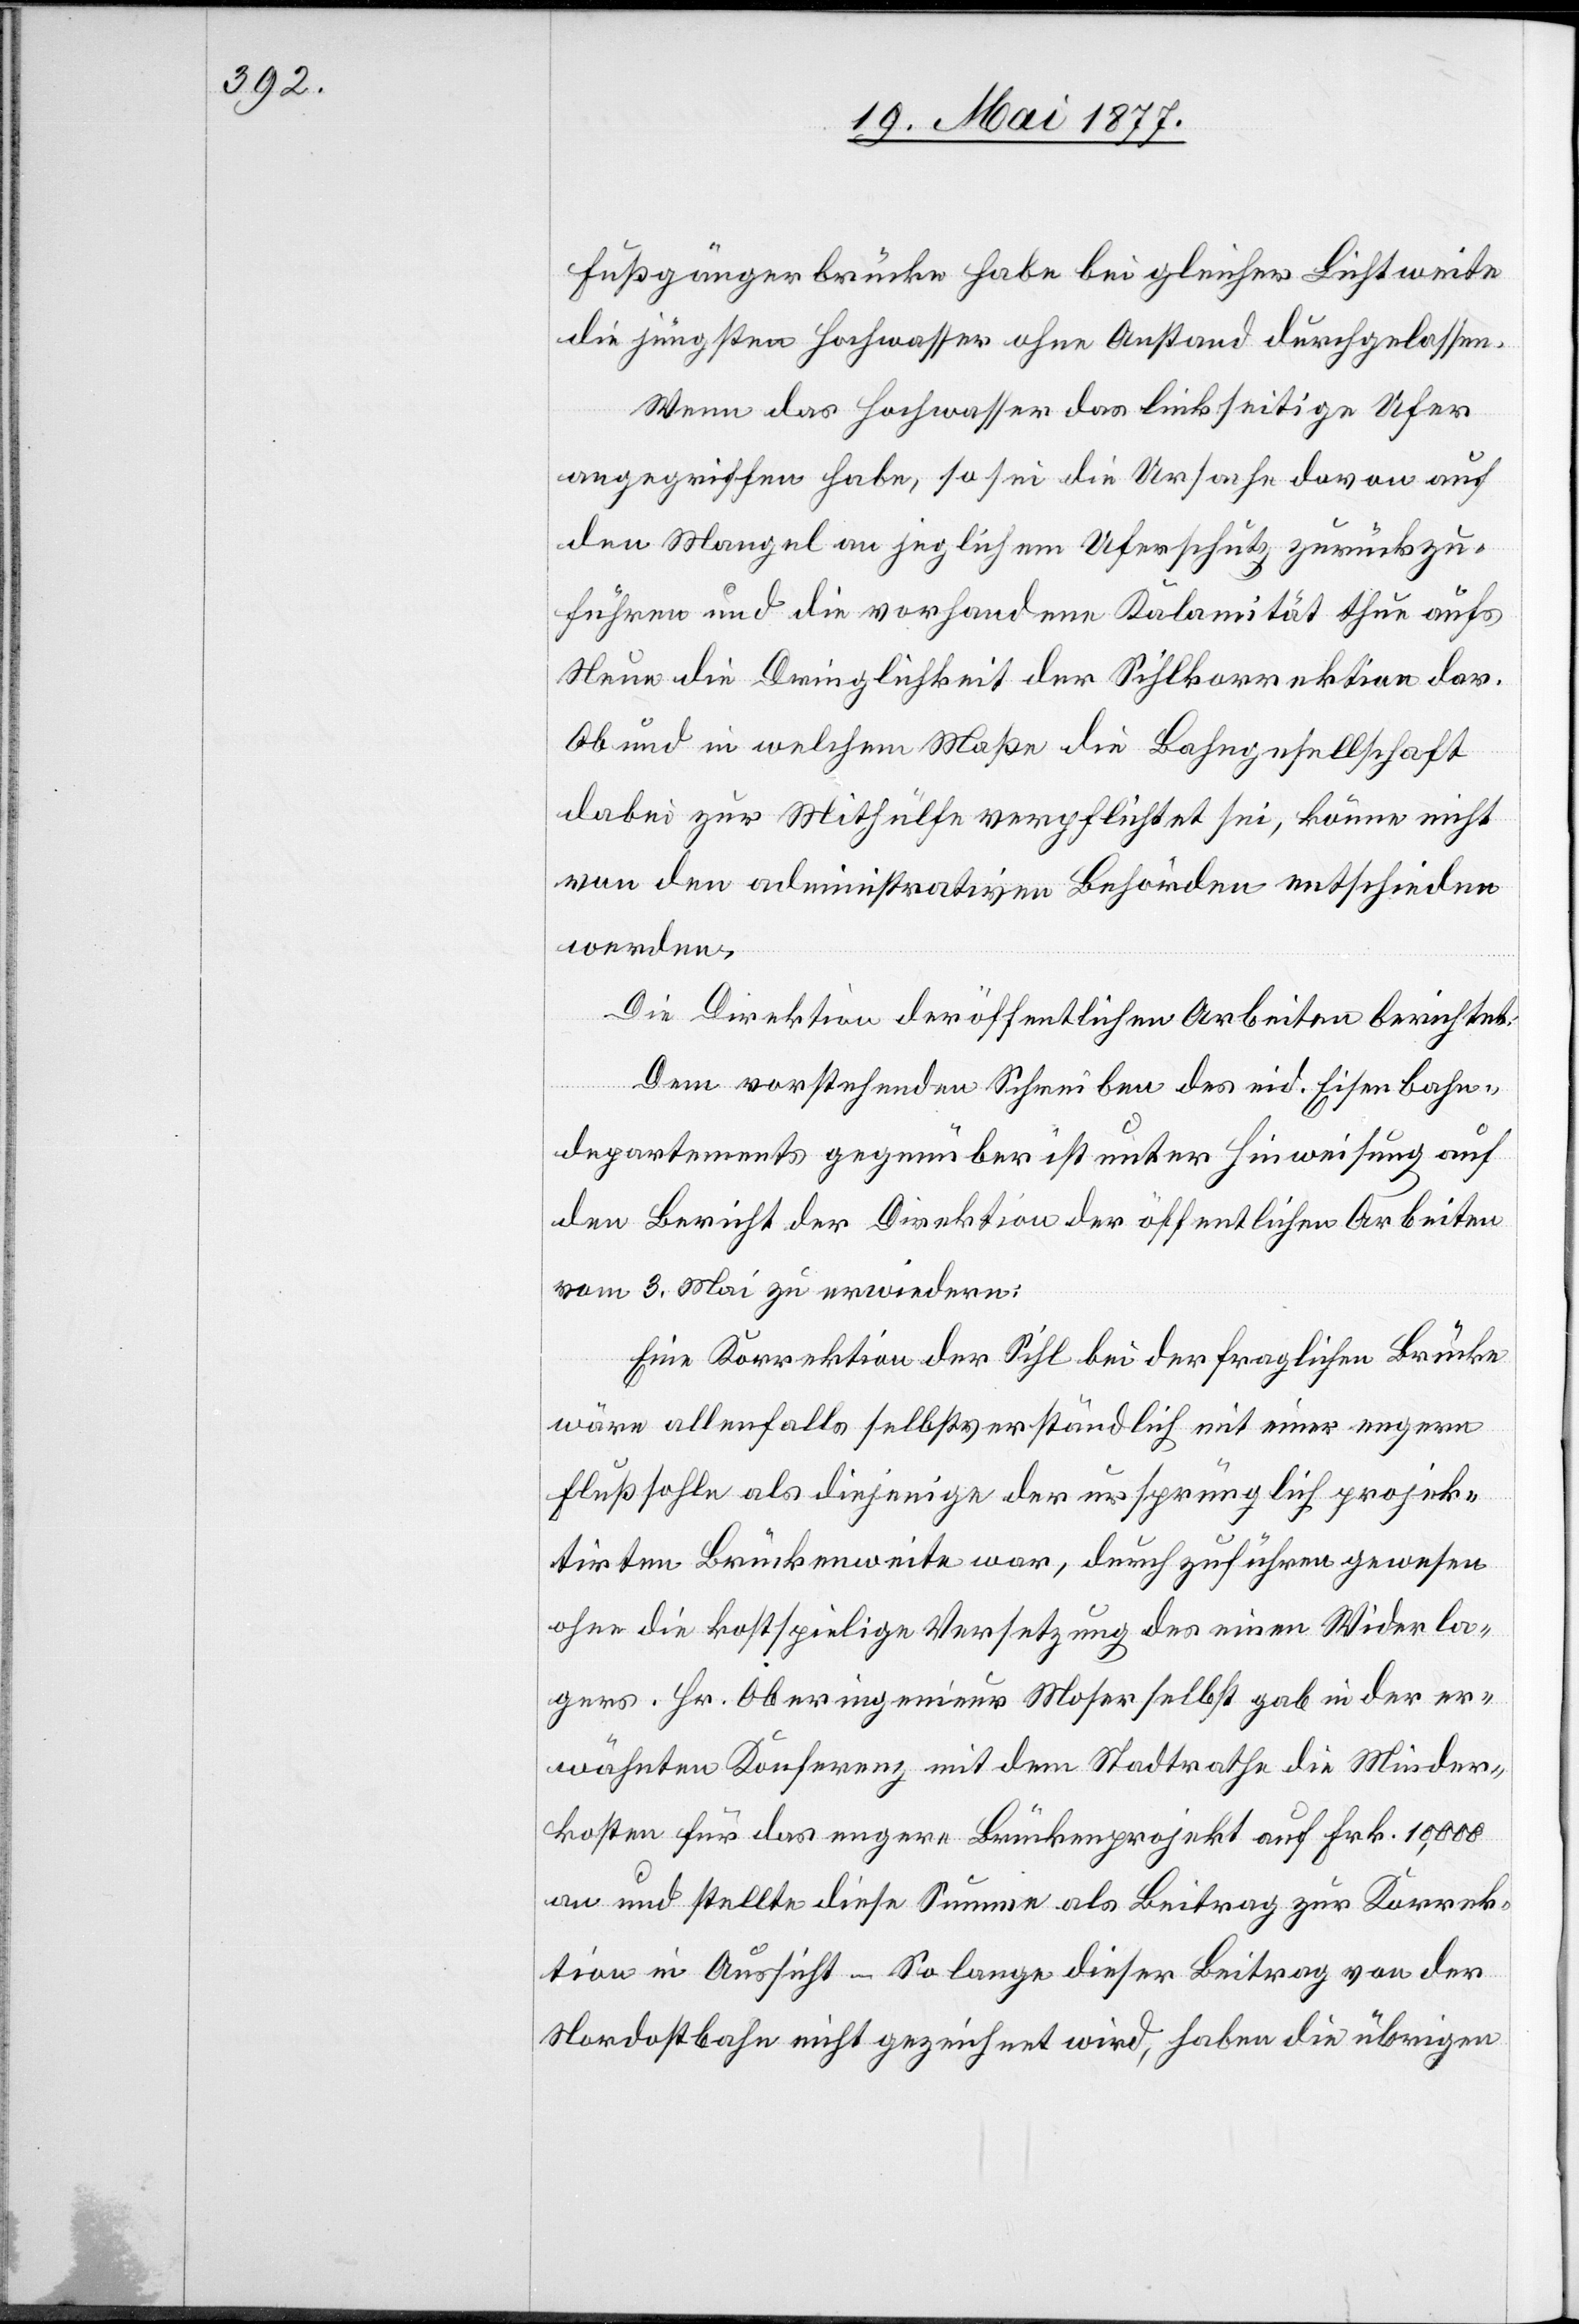
Fußgängerbrücke habe bei gleicher Lichtweite
die jüngsten Hochwasser ohne Anstand durchgelassen.
Wenn das Hochwasser das linkseitige Ufer
angegriffen habe, so sei die Ursache davon auf
den Mangel an jeglichem Uferschutz zurückzu¬
führen und die vorhandene Kalamität thue aufs
Neue die Dringlichkeit der Sihlkorrektion dar.
Ob und in welchem Maße die Bahngesellschaft
dabei zur Mithülfe verpflichtet sei, könne nicht
von den administrativen Behörden entschieden
werden.
Die Direktion der öffentlichen Arbeiten berichtet:
Dem vorstehenden Schreiben des eid. Eisenbahn¬
departements gegenüber ist unter Hinweisung auf
den Bericht der Direktion der öffentlichen Arbeiten
vom 3. Mai zu erwiedern:
Eine Korrektion der Sihl bei der fraglichen Brücke
wäre allenfalls selbstverständlich mit einer engern
Flußsohle als diejenige der ursprünglich projek¬
tirten Brückenweite war, durchzuführen gewesen
ohne die kostspielige Versetzung des einen Widerla¬
gers. Hr. Oberingenieur Moser selbst gab in der er¬
wähnten Konferenz mit dem Stadtrathe die Minder¬
kosten für das engere Brückenprojekt auf Frk. 10,000
an und stellte diese Summe als Beitrag zur Korrek¬
tion in Aussicht – So lange dieser Beitrag von der
Nordostbahn nicht gezeichnet wird, haben die übrigen